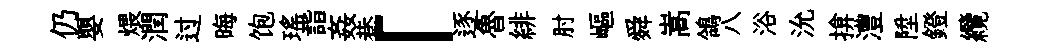
仍嬰煨潤过晦饱瑶詣姦巷「逐魯緋肘嶇舜嵩鴒八浴沇揜澧陞鐙纜